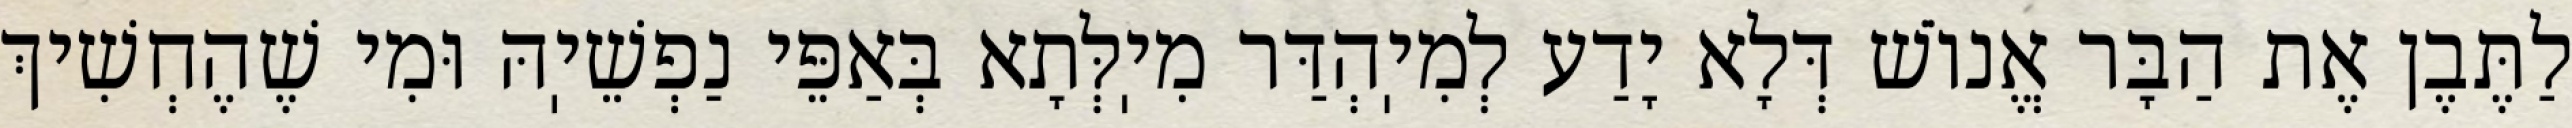
לַתֶּבֶן אֶת הַבָּר אֱנוֹשׁ דְּלָא יָדַע לְמִיֽהְדַּר מִיֽלְּתָא בְּאַפֵּי נַפְשֵׁיֽהּ וּמִי שֶׁהֶחְשִׁיךְ